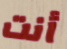
أنت